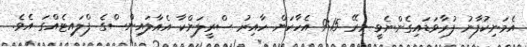
އެމަނިކުފާނު ފުރާވަޑައިގެންނެވީ މިރޭ 9:15 އެހާކަން ހާއިރު ސްރީލަންކާ އެއާލައިންސްގެ ފްލައިޓެއްގަ އެވެ.